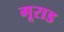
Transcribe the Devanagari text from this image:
गूराड